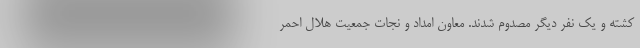
کشته و یک نفر دیگر مصدوم شدند. معاون امداد و نجات جمعیت هلال احمر